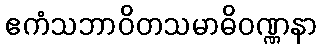
ဧကံသဘာဝိတသမာဓိဝဏ္ဏနာ